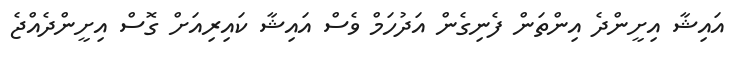
އައިޝާ އިށީންދެ އިންތަން ފެނިގެން އަދުހަމް ވެސް އައިޝާ ކައިރިއަށް ގޮސް އިށީންދެއްޖެ